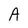
Character: A